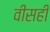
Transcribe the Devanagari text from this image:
वीसही